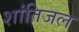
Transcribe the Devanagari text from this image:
शांतिजल